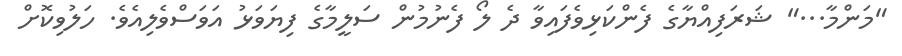
"މަންމާ..." ޝަރަފިއްޔާގެ ފެންކަޅިވެފައިވާ ދެ ލޯ ފެނުމުން ސަލީމާގެ ފިޔަވަޅު އަވަސްވެލިއެވެ. ހަލުވިކޮށް